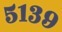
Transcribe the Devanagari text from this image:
५१३९